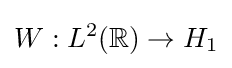
W:L^{2}(\mathbb {R} )\to H_{1}